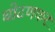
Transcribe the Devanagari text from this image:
घोटणकर